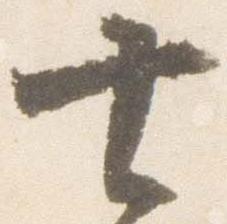
七